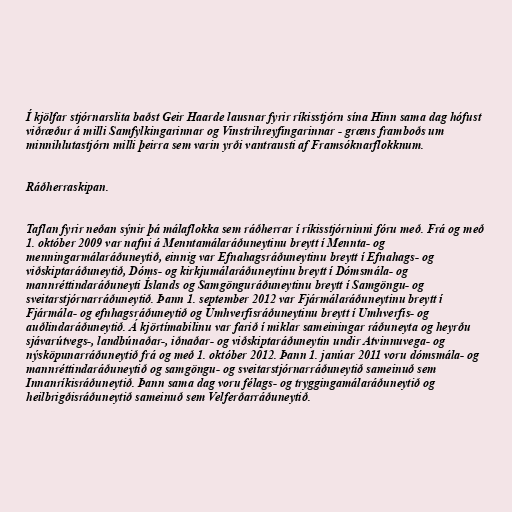
Í kjölfar stjórnarslita baðst Geir Haarde lausnar fyrir ríkisstjórn sína Hinn sama dag hófust
viðræður á milli Samfylkingarinnar og Vinstrihreyfingarinnar - græns framboðs um
minnihlutastjórn milli þeirra sem varin yrði vantrausti af Framsóknarflokknum.

Ráðherraskipan.

Taflan fyrir neðan sýnir þá málaflokka sem ráðherrar í ríkisstjórninni fóru með. Frá og með
1. október 2009 var nafni á Menntamálaráðuneytinu breytt í Mennta- og
menningarmálaráðuneytið, einnig var Efnahagsráðuneytinu breytt í Efnahags- og
viðskiptaráðuneytið, Dóms- og kirkjumálaráðuneytinu breytt í Dóms­mála- og
mannréttindaráðuneyti Íslands og Samgönguráðuneytinu breytt í Samgöngu- og
sveitarstjórnarráðuneytið. Þann 1. september 2012 var Fjármálaráðuneytinu breytt í
Fjármála- og efnhagsráðuneytið og Umhverfisráðuneytinu breytt í Umhverfis- og
auðlindaráðuneytið. Á kjörtímabilinu var farið í miklar sameiningar ráðuneyta og heyrðu
sjávarútvegs-, landbúnaðar-, iðnaðar- og viðskiptaráðuneytin undir Atvinnuvega- og
nýsköpunarráðuneytið frá og með 1. október 2012. Þann 1. janúar 2011 voru dómsmála- og
mannréttindaráðuneytið og samgöngu- og sveitarstjórnarráðuneytið sameinuð sem
Innanríkisráðuneytið. Þann sama dag voru félags- og tryggingamálaráðuneytið og
heilbrigðisráðuneytið sameinuð sem Velferðarráðuneytið.